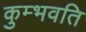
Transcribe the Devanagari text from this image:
कुम्भवति